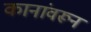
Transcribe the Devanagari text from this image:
कानांवरून